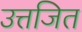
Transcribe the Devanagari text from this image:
उत्तजित